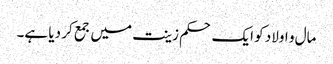
مال و اولاد کو ایک حکم زینت میں جمع کر دیا ہے۔